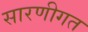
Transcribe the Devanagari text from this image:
सारणीगत